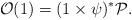
LaTeX: \begin{align*}\mathcal{O}(1) = (1\times \psi)^*\mathcal{P}.\end{align*}